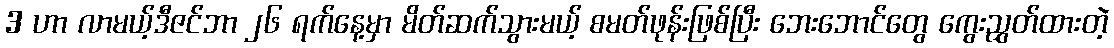
3 ဟာ လာမယ့်ဒီဇင်ဘာ ၂၆ ရက်နေ့မှာ မိတ်ဆက်သွားမယ့် စမတ်ဖုန်းဖြစ်ပြီး ဘေးဘောင်တွေ ကွေးညွှတ်ထားတဲ့